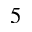
5